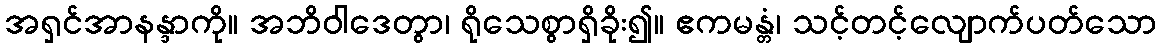
အရှင်အာနန္ဒာကို။ အဘိဝါဒေတွာ၊ ရိုသေစွာရှိခိုး၍။ ဧကမန္တံ၊ သင့်တင့်လျောက်ပတ်သော